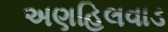
અણહિલવાડ